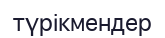
түрікмендер